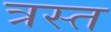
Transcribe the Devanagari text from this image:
त्रस्‍त